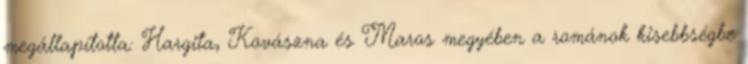
megállapította: Hargita, Kovászna és Maros megyében a románok kisebbségbe